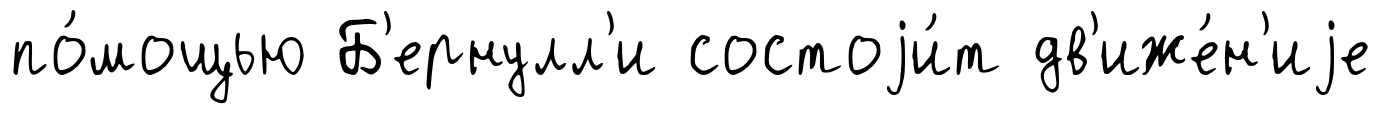
по́мощью Б'ернулл'и состоjи́т дв'иже́н'иjе